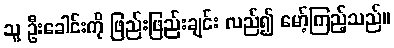
သူ ဦးခေါင်းကို ဖြည်းဖြည်းချင်း လည်၍ မော့်ကြည့်သည်။